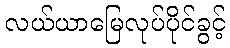
လယ်ယာမြေလုပ်ပိုင်ခွင့်